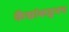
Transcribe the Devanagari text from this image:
कैद्यांकडूनच